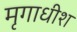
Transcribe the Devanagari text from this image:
मृगाधीश